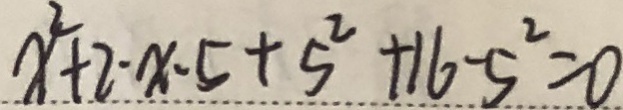
x ^ { 2 } + 2 \cdot x \cdot 5 + 5 ^ { 2 } + 1 6 - 5 ^ { 2 } = 0